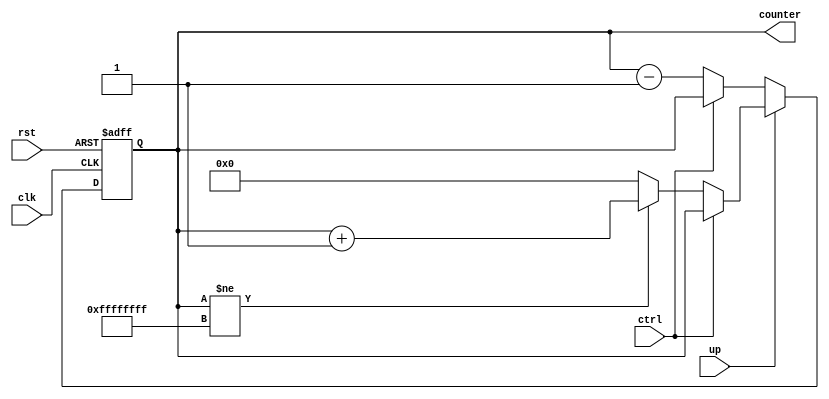
module counter (
  input wire clk, rst,
  input wire up, ctrl,// User-defined input: 1 for up, 0 for down
  output reg [31:0] counter
);

  always @(posedge clk or posedge rst) begin
    if (rst) begin
      counter <= 32'b0; // Reset the counter to 0 on a positive edge of the reset signal
    end
    else begin
      if (up == 1'b1) begin
		if(ctrl == 1'b1)
		begin
		counter <= counter;
		end
		else if (counter != 32'hFFFFFFFF) begin
          counter <= counter + 1; // Increment the counter if counting up and not at the maximum value
        end
        else begin
          counter <= 32'b0; // Wrap-around to 0 if counting up and reaching the maximum value
        end
      end
      else begin
        if(up == 1'b0)
	begin
	if(ctrl == 1'b1)
	begin
	counter <= counter;
	end
	else
	if (counter != 32'b0) begin
          counter <= counter - 1; // Decrement the counter if counting down and not at 0
        end
        else if (up == 1'b0) begin
          counter <= counter - 1;
        end
        else begin
          counter <= counter; // Wrap-around to maximum if counting down and reaching 0
        end
      end
    end
  end
end
endmodule